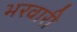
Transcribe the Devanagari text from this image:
भरवारी